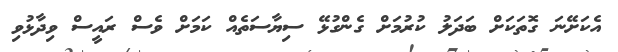
އެކަށޭނަ ގޮތަކަށް ބަދަލު ކުރުމަށް ގެންގުޅޭ ސިޔާސަތެއް ކަމަށް ވެސް ރައީސް ވިދާޅުވި